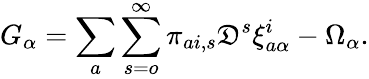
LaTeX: G_{\alpha}=\sum_{a}\sum_{s=o}^{\infty}\pi_{ai,s}\mathfrak{D}^{s}\xi_{a\alpha}^{i}-\Omega_{\alpha}.